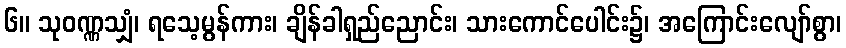
၆။ သုဝဏ္ဏသျှံ၊ ရသေ့မွန်ကား၊ ချိန်ခါရှည်ညောင်း၊ သားကောင်ပေါင်း၌၊ အကြောင်းလျော်စွာ၊